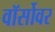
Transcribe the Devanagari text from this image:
वॉर्सोवर